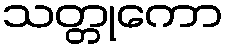
သတ္တုကော